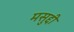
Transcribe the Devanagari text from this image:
मसुद्दी